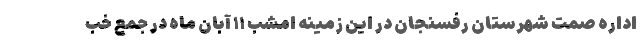
اداره صمت شهرستان رفسنجان در این زمینه امشب ۱۱ آبان ماه در جمع خب